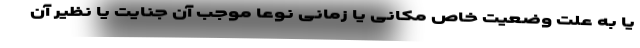
یا به علت وضعیت خاص مکانی یا زمانی نوعاً موجب آن جنایت یا نظیر آن